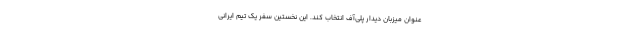
عنوان میزبان دیدار پلی‌آف انتخاب کند. این نخستین سفر یک تیم ایرانی